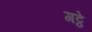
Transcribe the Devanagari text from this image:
गट्ठे